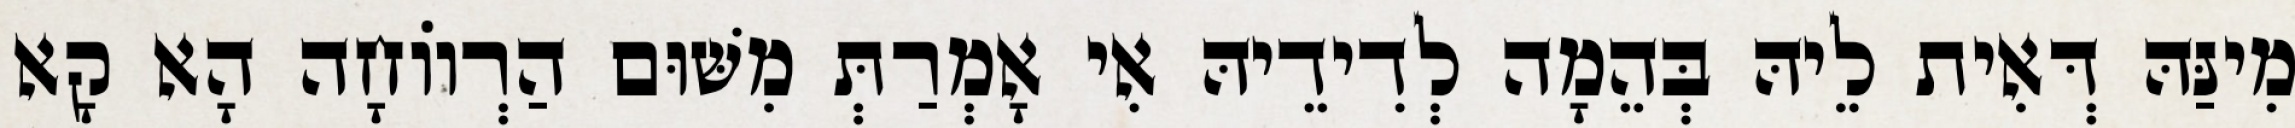
מִינַּהּ דְּאִית לֵיהּ בְּהֵמָה לְדִידֵיהּ אִי אָמְרַתְּ מִשּׁוּם הַרְווֹחָה הָא קָא